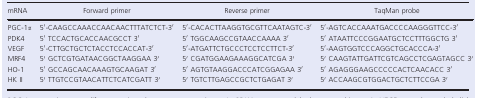
<table><thead><tr><td><b>mRNA</b></td><td><b>Forward primer</b></td><td><b>Reverse primer</b></td><td><b>TaqMan probe</b></td></tr></thead><tbody><tr><td>PGC‐1<i>α</i></td><td>5′‐CAAGCCAAACCAACAACTTTATCTCT‐3′</td><td>5′‐CACACTTAAGGTGCGTTCAATAGTC‐3′</td><td>5′‐AGTCACCAAATGACCCCAAGGGTTCC‐3′</td></tr><tr><td>PDK4</td><td>5′ TCCACTGCACCAACGCCT 3′</td><td>5′ TGGCAAGCCGTAACCAAAA 3′</td><td>5′ ATAATTCCCGGAATGCTCCTTTGGCTG 3′</td></tr><tr><td>VEGF</td><td>5′‐CTTGCTGCTCTACCTCCACCAT‐3′</td><td>5′‐ATGATTCTGCCCTCCTCCTTCT‐3′</td><td>5′‐AAGTGGTCCCAGGCTGCACCCA‐3′</td></tr><tr><td>MRF4</td><td>5′ GCTCGTGATAACGGCTAAGGAA 3′</td><td>5′ CGATGGAAGAAAGGCATCGA 3′</td><td>5′ CAAGTATTGATTCGTCAGCCTCGAGTAGCC 3′</td></tr><tr><td>HO‐1</td><td>5′ GCCAGCAACAAAGTGCAAGAT 3′</td><td>5′ AGTGTAAGGACCCATCGGAGAA 3′</td><td>5′ AGAGGGAAGCCCCCACTCAACACC 3′</td></tr><tr><td>HK II</td><td>5′ TTGTCCGTAACATTCTCATCGATT 3′</td><td>5′ TGTCTTGAGCCGCTCTGAGAT 3′</td><td>5′ ACCAAGCGTGGACTGCTCTTCCGA 3′</td></tr></tbody></table>